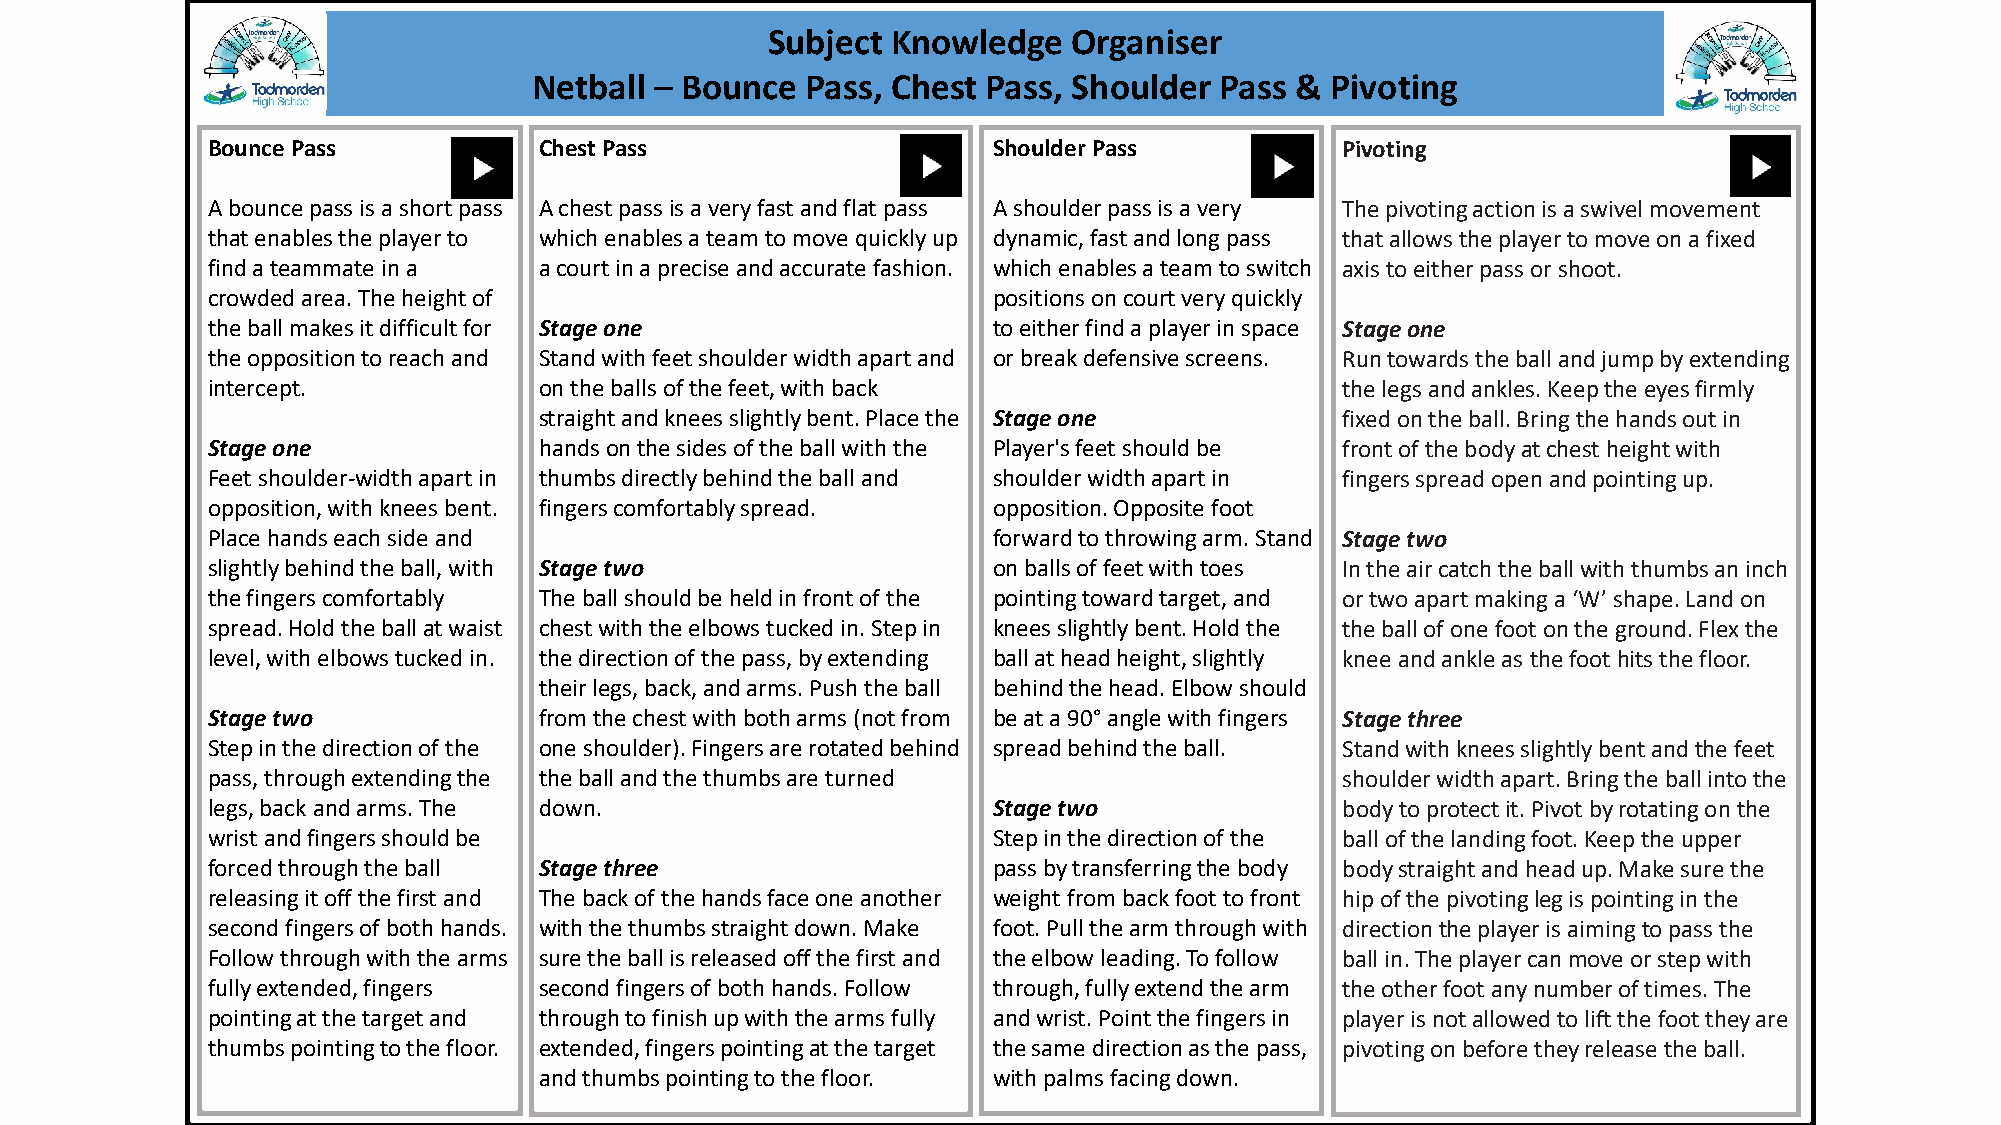
Subject Knowledge   Organiser
 Netball – Bounce  Pass, Chest Pass, Shoulder  Pass & Pivoting
 Bounce Pass           Chest Pass                    Shoulder Pass          Pivoting
 A bounce pass is a short pass A chest pass is a very fast and flat pass A shoulder pass is a very The pivoting action is a swivel movement
 that enables the player to which enables a team to move quickly up dynamic, fast and long pass that allows the player to move on a fixed
 find a teammate in a  a court in a precise and accurate fashion. which enables a team to switch axis to either pass or shoot.
 crowded area. The height of                         positions on court very quickly
 the ball makes it difficult for Stage one           to either find a player in space Stage one
 the opposition to reach and Stand with feet shoulder width apart and or break defensive screens. Run towards the ball and jump by extending
 intercept.            on the balls of the feet, with back                  the legs and ankles. Keep the eyes firmly
 straight and knees slightly bent. Place the Stage one fixed on the ball. Bring the hands out in
 Stage one             hands on the sides of the ball with the Player's feet should be front of the body at chest height with
 Feet shoulder-width apart in thumbs directly behind the ball and shoulder width apart in fingers spread open and pointing up.
 opposition, with knees bent. fingers comfortably spread. opposition. Opposite foot
 Place hands each side and                           forward to throwing arm. Stand Stage two
 slightly behind the ball, with Stage two            on balls of feet with toes In the air catch the ball with thumbs an inch
 the fingers comfortably The ball should be held in front of the pointing toward target, and or two apart making a ‘W’ shape. Land on
 spread. Hold the ball at waist chest with the elbows tucked in. Step in knees slightly bent. Hold the the ball of one foot on the ground. Flex the
 level, with elbows tucked in. the direction of the pass, by extending ball at head height, slightly knee and ankle as the foot hits the floor.
 their legs, back, and arms. Push the ball behind the head. Elbow should
 Stage two             from the chest with both arms (not from be at a 90°angle with fingers Stage three
 Step in the direction of the one shoulder). Fingers are rotated behind spread behind the ball. Stand with knees slightly bent and the feet
 pass, through extending the the ball and the thumbs are turned             shoulder width apart. Bring the ball into the
 legs, back and arms. The down.                      Stage two              body to protect it. Pivot by rotating on the
 wrist and fingers should be                         Step in the direction of the ball of the landing foot. Keep the upper
 forced through the ball Stage three                 pass by transferring the body body straight and head up. Make sure the
 releasing it off the first and The back of the hands face one another weight from back foot to front hip of the pivoting leg is pointing in the
 second fingers of both hands. with the thumbs straight down. Make foot. Pull the arm through with direction the player is aiming to pass the
 Follow through with the arms sure the ball is released off the first and the elbow leading. To follow ball in. The player can move or step with
 fully extended, fingers second fingers of both hands. Follow through, fully extend the arm the other foot any number of times. The
 pointing at the target and through to finish up with the arms fully and wrist. Point the fingers in player is not allowed to lift the foot they are
 thumbs pointing to the floor. extended, fingers pointing at the target the same direction as the pass, pivoting on before they release the ball.
 and thumbs pointing to the floor. with palms facing down.